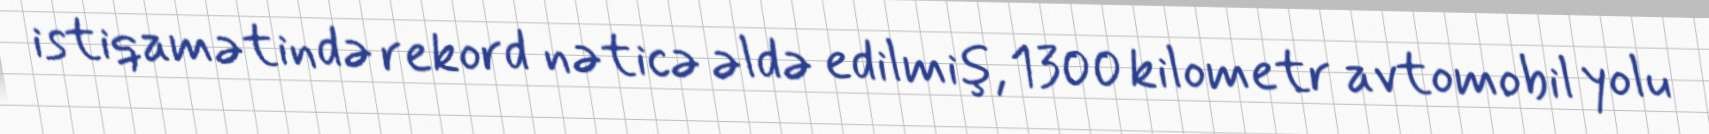
istiqamətində rekord nəticə əldə edilmiş, 1300 kilometr avtomobil yolu